Resolution. No. 1369 Ex.
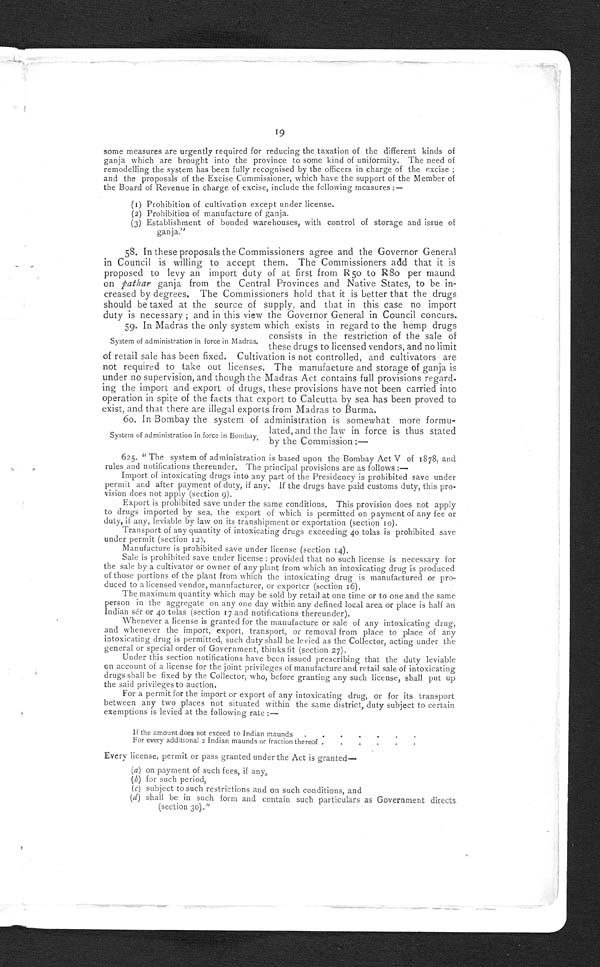
23
of the use of hemp drugs upon their consumers, and the information which has
been brought together on the subject in the Report of the Commission is of
great interest and value, not only to Government and its officers, but also to the
general public.
69. The acknowledgments of the Government are especially due to the
three unofficial gentlemen, Raja Soshi Sikareshwar Ray, Kunwar Harnam Singh,
and Lala Nihal Chand, who at great expenditure of time and comfort, and, in one
case at least, at some risk to health, took part in the investigations of the Com-
mission. The inability of the Governor General in Council to agree with two
of these gentlemen, in the points on which they dissent from the views of their
colleagues, does not diminish his appreciation of the care and labour they have
bestowed on the task entrusted to them.
ORDER.—Ordered, that a copy of this Resolution and of the Report be
forwarded to all Local Governments and Administrations and to the Agent to
the Governor General in Baluchistan.
Ordered also, that copies of the Resolution be forwarded to the President
and Members of the Commission.
Ordered further, that the Resolution be published in the Gazette of India.
STEPHEN JACOB,
Offg. Secretary to the Government of India .